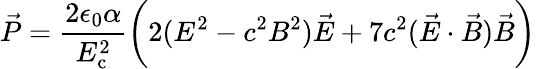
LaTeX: {\vec{P}}={\frac{2\epsilon_{0}\alpha}{E_{\mathrm{c}}^{2}}}{\bigg(}2(E^{2}-c^{2}B^{2}){\vec{E}}+7c^{2}({\vec{E}}\cdot{\vec{B}}){\vec{B}}{\bigg)}